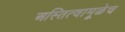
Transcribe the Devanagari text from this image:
अस्तित्वामूळेच